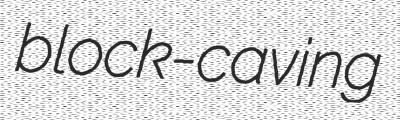
block-caving